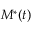
M ^ { * } ( t )